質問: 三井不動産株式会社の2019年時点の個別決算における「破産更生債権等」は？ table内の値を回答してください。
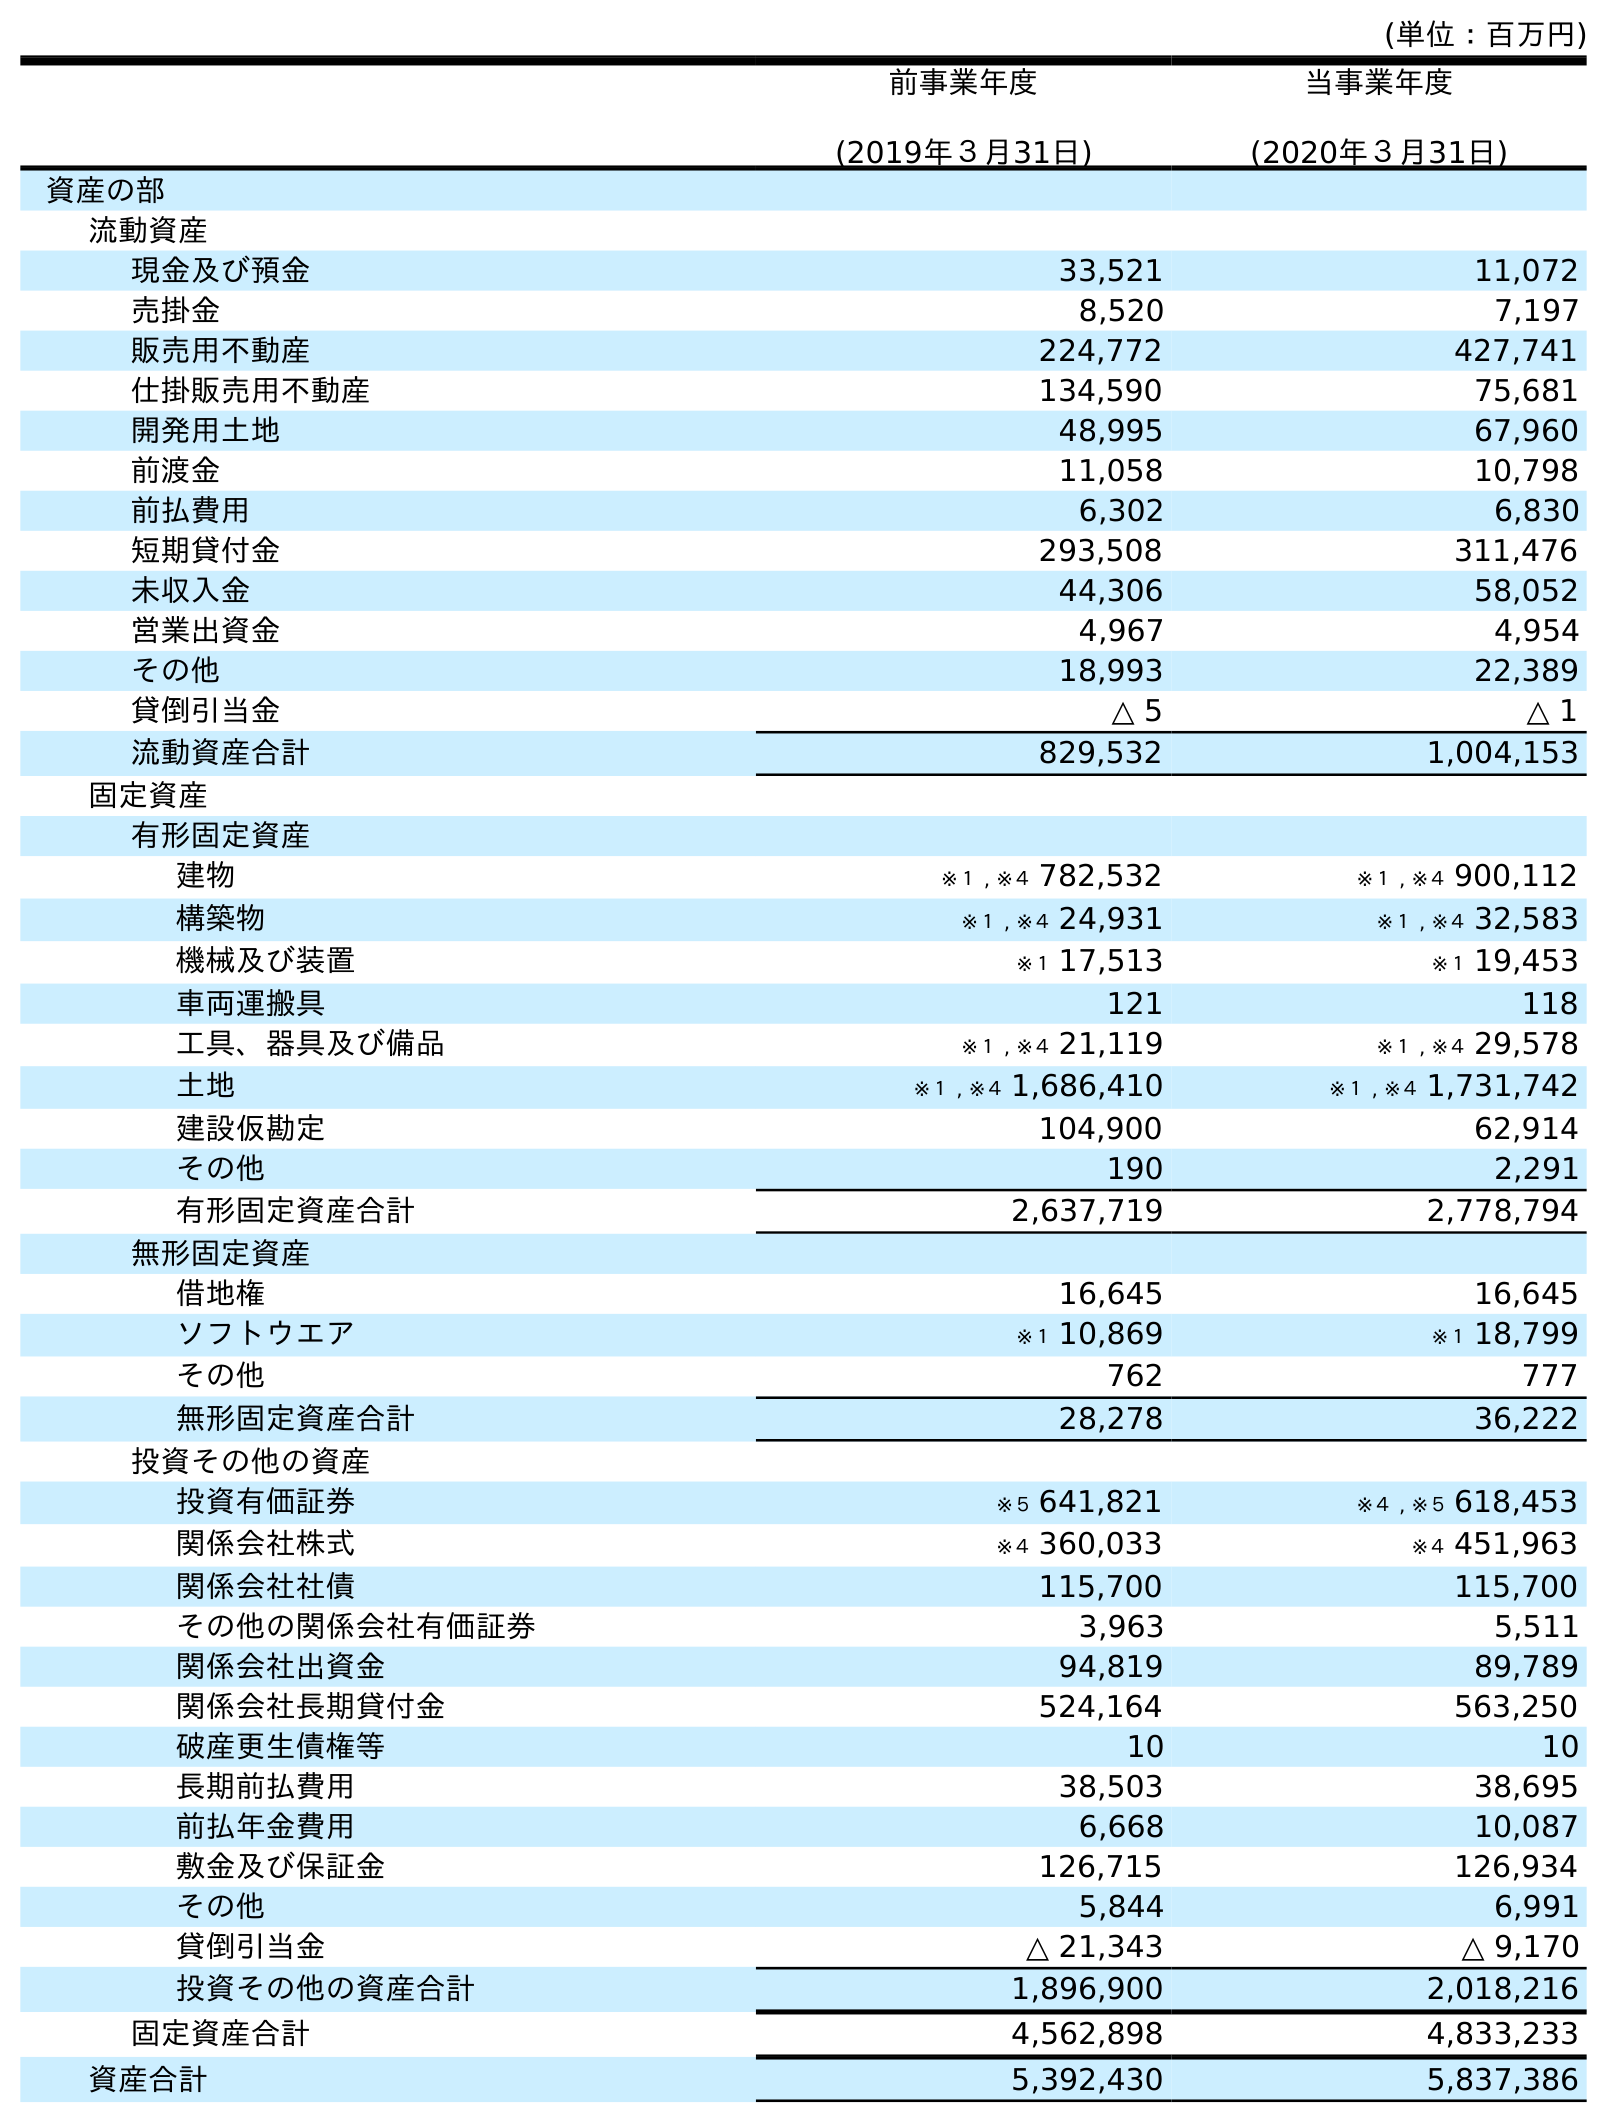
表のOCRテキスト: (単位：百万円) 前事業年度 (2019年３月31日) 当事業年度 (2020年３月31日) 資産の部 流動資産 現金及び預金 33,521 11,072 売掛金 8,520 7,197 販売用不動産 224,772 427,741 仕掛販売用不動産 134,590 75,681 開発用土地 48,995 67,960 前渡金 11,058 10,798 前払費用 6,302 6,830 短期貸付金 293,508 311,476 未収入金 44,306 58,052 営業出資金 4,967 4,954 その他 18,993 22,389 貸倒引当金 △ 5 △ 1 流動資産合計 829,532 1,004,153 固定資産 有形固定資産 建物 ※１ , ※４ 782,532 ※１ , ※４ 900,112 構築物 ※１ , ※４ 24,931 ※１ , ※４ 32,583 機械及び装置 ※１ 17,513 ※１ 19,453 車両運搬具 121 118 工具、器具及び備品 ※１ , ※４ 21,119 ※１ , ※４ 29,578 土地 ※１ , ※４ 1,686,410 ※１ , ※４ 1,731,742 建設仮勘定 104,900 62,914 その他 190 2,291 有形固定資産合計 2,637,719 2,778,794 無形固定資産 借地権 16,645 16,645 ソフトウエア ※１ 10,869 ※１ 18,799 その他 762 777 無形固定資産合計 28,278 36,222 投資その他の資産 投資有価証券 ※５ 641,821 ※４ , ※５ 618,453 関係会社株式 ※４ 360,033 ※４ 451,963 関係会社社債 115,700 115,700 その他の関係会社有価証券 3,963 5,511 関係会社出資金 94,819 89,789 関係会社長期貸付金 524,164 563,250 破産更生債権等 10 10 長期前払費用 38,503 38,695 前払年金費用 6,668 10,087 敷金及び保証金 126,715 126,934 その他 5,844 6,991 貸倒引当金 △ 21,343 △ 9,170 投資その他の資産合計 1,896,900 2,018,216 固定資産合計 4,562,898 4,833,233 資産合計 5,392,430 5,837,386
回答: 10